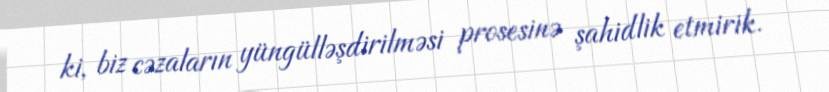
ki, biz cəzaların yüngülləşdirilməsi prosesinə şahidlik etmirik.